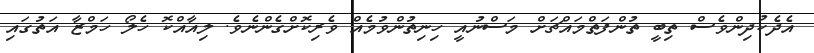
އެދެކުދިންވެސް ތިބީ ތުންފަތްމައްޗަށް މަސްނުއީ ހިނިތުންވުމެއް ވެރިކޮށްގެންނެވެ. ލިއާއްކޮ ހެލޯ ހަމްޒާ އަތުގައި